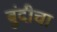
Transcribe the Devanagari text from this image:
बुंदीचा